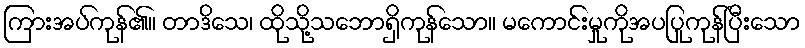
ကြားအပ်ကုန်၏။ တာဒိသေ၊ ထိုသို့သဘောရှိကုန်သော။ မကောင်းမှုကိုအပပြုကုန်ပြီးသော